Calcutta medical institutions reports 1879-81 [i.e.91]
Year: 1879
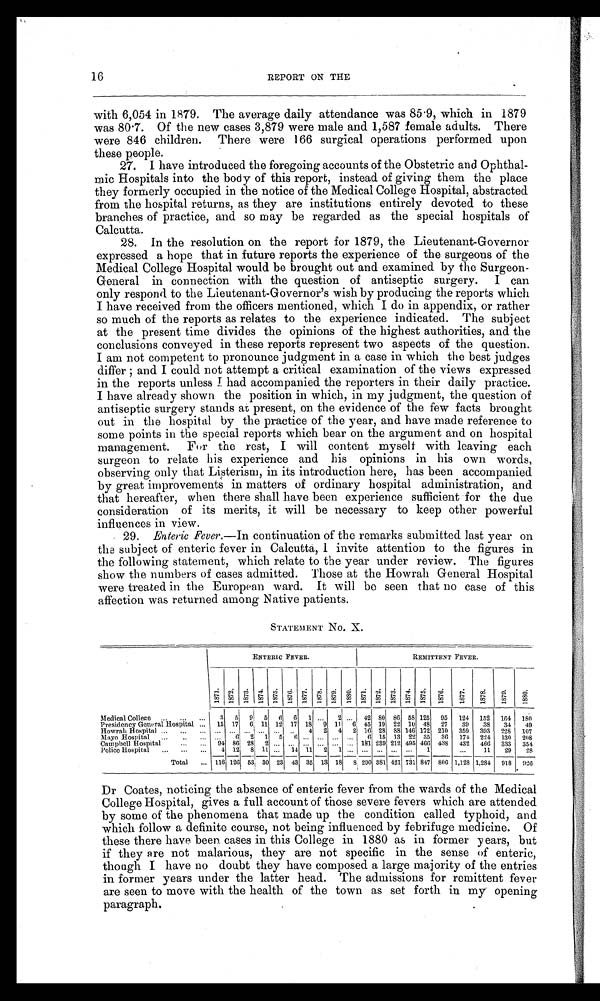
16 REPORT ON THE
with 6,054 in 1879. The average daily attendance was 85.9, which in 1879
was 80.7. Of the new cases 3,879 were male and 1,587 female adults. There
were 846 children. There were 166 surgical operations performed upon
these people.
27.
I have introduced the foregoing accounts of the Obstetric and Ophthal-
mic Hospitals into the body of this report, instead of giving them the place
they formerly occupied in the notice of the Medical College Hospital, abstracted
from the hospital returns, as they are institutions entirely devoted to these
branches of practice, and so may be regarded as the special hospitals of
Calcutta.
28.
In the resolution on the report for 1879, the Lieutenant-Governor
expressed a hope that in future reports the experience of the surgeons of the
Medical College Hospital would be brought out and examined by the Surgeon-
General in connection with the question of antiseptic surgery. I can
only respond to the Lieutenant-Governor's wish by producing the reports which
I have received from the officers mentioned, which I do in appendix, or rather
so much of the reports as relates to the experience indicated. The subject
at the present time divides the opinions of the highest authorities, and the
conclusions conveyed in these reports represent two aspects of the question.
I am not competent to pronounce judgment in a case in which the best judges
d i f f e r ; a n d I c o u l d n o t a t t e m p t a c r i t i c a l e x a m i n a t i o n o f t h e v i e w s e x p r e s s e d
in the reports unless I had accompanied the reporters in their daily practice.
I have already shown the position in which, in my judgment, the question of
antiseptic surgery stands at present, on the evidence of the few facts brought
out in the hospital by the practice of the year, and have made reference to
some points in the special reports which bear on the argument and on hospital
management. For the rest, I will content myself with leaving each
surgeon to relate his experience and his opinions in his own words,
observing only that Listerism, in its introduction here, has been accompanied
by great improvements in matters of ordinary hospital administration, and
that hereafter, when there shall have been experience sufficient for the due
consideration of its merits, it will be necessary to keep other powerful
influences in view.
29.
Enteric Fever .—In continuation of the remarks submitted last year on
the subject of enteric fever in Calcutta, 1 invite attention to the figures in
the following statement, which relate to the year under review. The figures
show the numbers of cases admitted. Those at the Howrah General Hospital
were treated in the European ward. It will be seen that no case of this
affection was returned among Native patients.
STATEMENT No. X.
ENTERIC FEVER.
REMITTENT FEVER.
1871.
1872.
1873. 1874. 1875. 1876. 1877. 1878. 1879. 1880. 1 1871. 2 1872. 1873. 1874. 1875. 1876. 1877. 1878. 1879. 1880
Medical College
3 5
9 5 6 6 1
. . . 2 ... 42 8 0 86 58 125 95 124 152 152 164
1 8 0
Presidency General Hospital
15 17
6 11 12 17 18 9 11 6 45 19 22 1 0 48 27 39
3 8 34 49
Howrah Hospital
... ... ... .. ...
. . . 4 2 4 2 16 28
8 8 146 172 210 359 393 228 107
Mayo Hospital
... 6 2 1 5 6 ... ... .,. ...
6 15 13 22 35 36 174 224 130 208
Campbell Hospital
94 86 2 8 2 ... ... ... ... ... ...
1 8 1 239 212 495 466 438 432 466 333 354
Police Hospital
4 12 8 1 1 ... 14 11 2 1 ... ... ... ... ... 1
. . . 11 29 28
Total
116 1 2 6 5 3 30 23 43 35 13 18 8 290 381 421 731 847 806 1,128 1,284 918 926
Dr Coates, noticing the absence of enteric fever from the wards of the Medical
College Hospital, gives a full account of those severe fevers which are attended
by some of the phenomena that made up the condition called typhoid, and
which follow a definite course, not being influenced by febrifuge medicine. Of
these there have been cases in this College in 1880 as in former years, but
if they are not malarious, they are not specific in the sense of enteric,
though I have no doubt they have composed a large majority of the entries
in former years under the latter head. The admissions for remittent fever
are seen to move with the health of the town as set forth in my opening
paragraph.